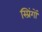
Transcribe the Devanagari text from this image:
स्प्रिंगों